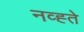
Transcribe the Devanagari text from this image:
नव्ह्ते